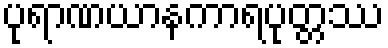
ပုရာဏယာနကာရပုတ္တဿ